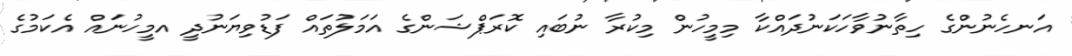
އަނހެނުންގެ ހިތާނުވާހަކަނުދައްކާ މިމީހުން މިކުރާ ނުބައި ކޮރަޕްޝަންގެ އަމަލުތައް ފަޑުވިޔަނުދީ އމީހުނައް އެކަމުގެ